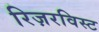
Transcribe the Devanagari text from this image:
रिज़रविस्ट